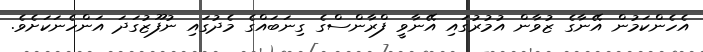
އެހެންކަމުން އޭނާގެ ޒުވާން އުމުރުގައި އޭނާވީ ފްރާންސްގެ ގިނަބައްގެ މެދުގައި ނުފޫޒުގަދަ އަންހެނަކަށެވެ.